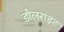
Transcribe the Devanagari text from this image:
डोलराइट